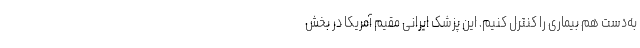
به‌دست هم بیماری را کنترل کنیم. این پزشک ایرانی مقیم آمریکا در بخش